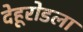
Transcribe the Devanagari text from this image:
देहूरोडला